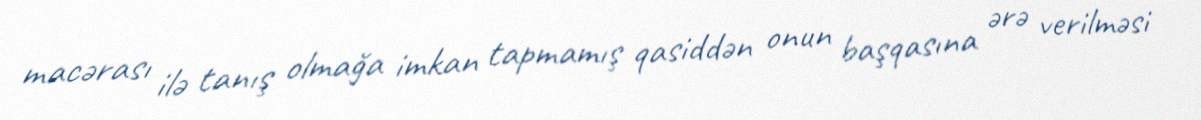
macərası ilə tanış olmağa imkan tapmamış qasiddən onun başqasına ərə verilməsi